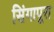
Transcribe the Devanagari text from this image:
सिंगापूरा